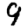
Digit: 9